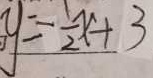
y = \frac { 1 } { 2 } x + 3